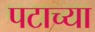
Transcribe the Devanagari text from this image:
पटाच्या